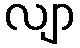
လျာ